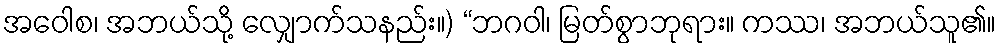
အဝေါစ၊ အဘယ်သို့ လျှောက်သနည်း။) “ဘဂဝါ၊ မြတ်စွာဘုရား။ ကဿ၊ အဘယ်သူ၏။